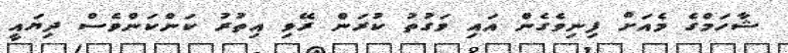
ޝާހަމްގެ މެއަށް ފިނިވެގެން އައި ވަގުތު ކުރަން ރޭވި އިތުރު ކަންކަންވެސް ދިޔައީ